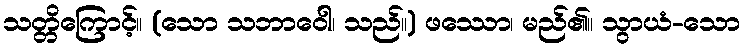
သတ္တိကြောင့်။ (သော သဘာဝေါ၊ သည်။) ဖဿော၊ မည်၏။ သွာယံ-သော